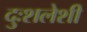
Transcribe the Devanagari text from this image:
दुःशलेशी